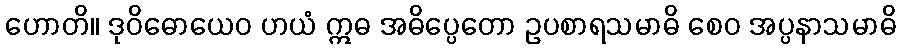
ဟောတိ။ ဒုဝိဓောယေဝ ဟယံ ဣဓ အဓိပ္ပေတော ဥပစာရသမာဓိ စေဝ အပ္ပနာသမာဓိ